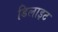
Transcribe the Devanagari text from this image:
डिलाइट